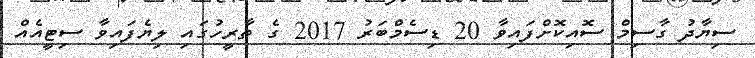
ސިޔާދު ގާސިމް ސޮއިކޮށްފައިވާ 20 ޑިސެމްބަރު 2017 ގެ ތާރީހުގައި ލިޔެފައިވާ ސިޓީއެއް